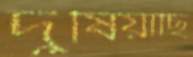
দুষিয়াছি